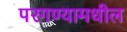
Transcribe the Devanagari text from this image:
परगण्यामधील